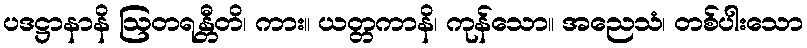
ပဒဋ္ဌာနာနိ ဩတရန္တီတိ၊ ကား။ ယတ္တကာနိ၊ ကုန်သော။ အညေသံ၊ တစ်ပါးသော